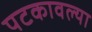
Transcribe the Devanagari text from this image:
पटकावल्या